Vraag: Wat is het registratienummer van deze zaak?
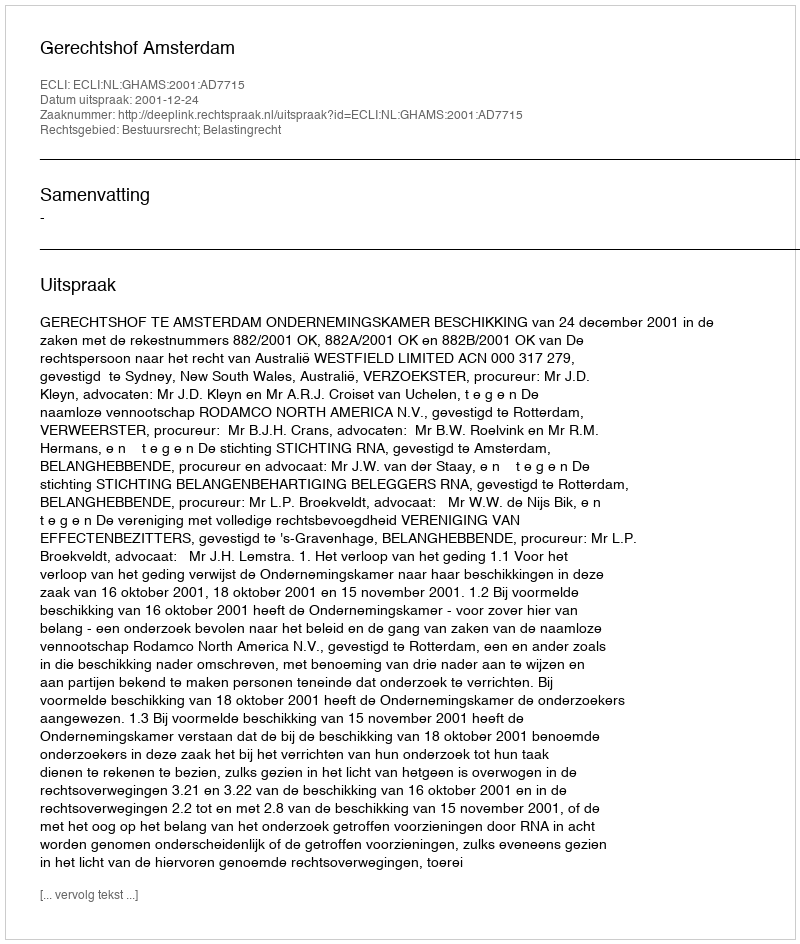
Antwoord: http://deeplink.rechtspraak.nl/uitspraak?id=ECLI:NL:GHAMS:2001:AD7715